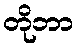
တိုဘာ